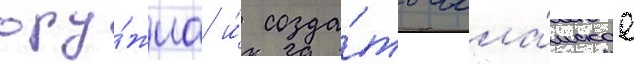
ору́жиа и́ созда́ть исла́мское